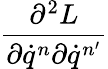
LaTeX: \frac{\partial^{2}L}{\partial\dot{q}^{n}\partial\dot{q}^{n^{\prime}}}